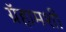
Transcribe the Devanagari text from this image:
ग्रॅहामशी